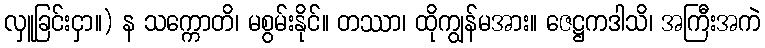
လှူခြင်းငှာ။) န သက္ကောတိ၊ မစွမ်းနိုင်။ တဿာ၊ ထိုကျွန်မအား။ ဇေဋ္ဌကဒါသိ၊ အကြီးအကဲ